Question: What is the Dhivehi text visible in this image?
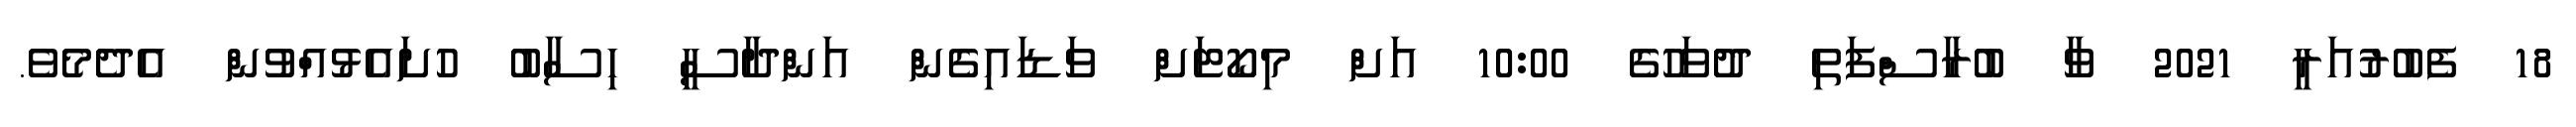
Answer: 18 ފެބުރުއަރީ 2021 ވާ ބުރާސްފަތި ދުވަހުގެ 10:00 އަށް މިކޯޓަށް ވަޑައިގެން އަންދާސީ ހިސާބު ހުށައެޅުއްވުން އެދެމެވެ.